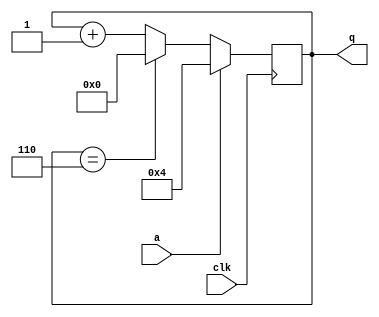
module top_module (
    input clk,
    input a,
    output [3:0] q );
	
    always @(posedge clk) begin
        if(a)
            q <= 4;
        else if( q == 6)
            q <= 0;
        else
            q <= q + 1;
    end
    
endmodule